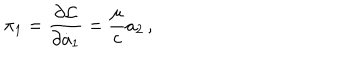
LaTeX: \pi _ { 1 } = { \frac { \partial { \cal L } } { \partial \dot { a } _ { 1 } } } = { \frac { \mu } { c } } a _ { 2 } \, ,